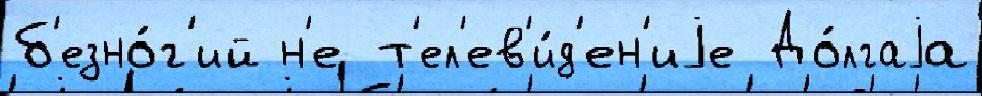
б'езно́г'ий н'е т'ел'ев'и́д'ен'иjе До́лгаjа